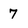
Character: 7